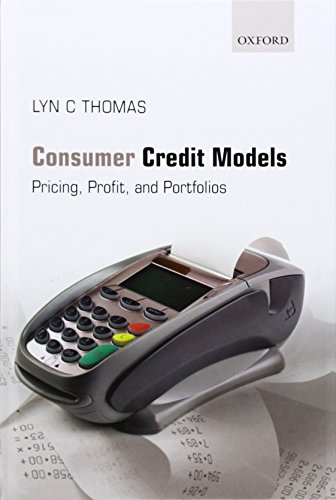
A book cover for Consumer Credit Models: Pricing, Profit and Portfolios; Lyn C. Thomas; Business & Money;